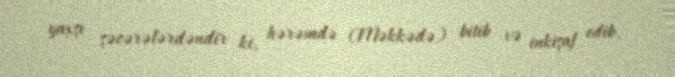
yaxşı şəcərələrdəndir ki, hərəmdə (Məkkədə) bitib və inkişaf edib.